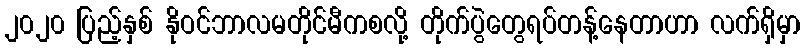
၂၀၂၀ ပြည့်နှစ် နိုဝင်ဘာလမတိုင်မီကစလို့ တိုက်ပွဲတွေရပ်တန့်နေတာဟာ လက်ရှိမှာ